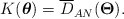
\begin{align*}\begin{aligned}K({\boldsymbol{\theta}})=\overline{D}_{AN}(\bold{\Theta}).\end{aligned}\end{align*}